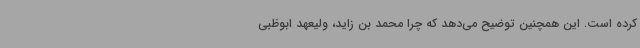
کرده است. این همچنین توضیح می‌دهد که چرا محمد بن زاید، ولیعهد ابوظبی